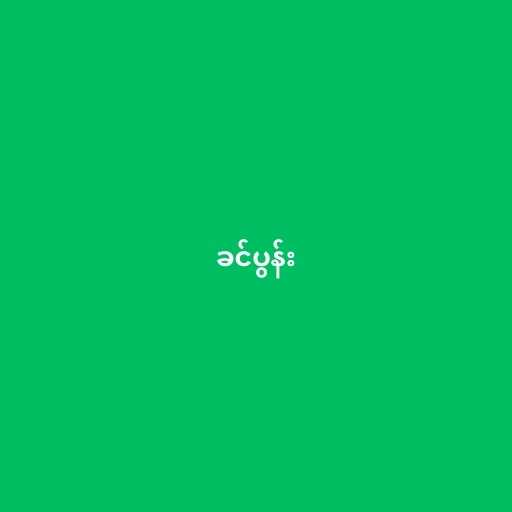
ခင်ပွန်း